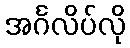
အင်္ဂလိပ်လို